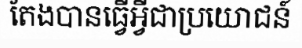
តែងបានធ្វើអ្វីជាប្រយោជន៍